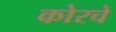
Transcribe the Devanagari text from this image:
कोरचे